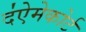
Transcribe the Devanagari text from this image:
द॑ऐमेकोर्ट